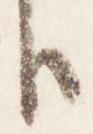
臣